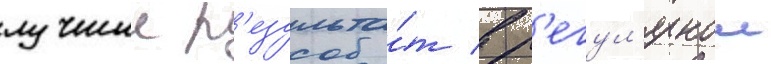
лучшии р'езульта́т в р'егул'ярнои